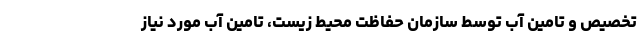
تخصیص و تامین آب توسط سازمان حفاظت محیط زیست، تامین آب مورد نیاز